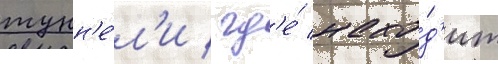
тунн'е́л'и / гд'е́ нахо́д'ит